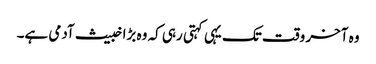
وہ آخر وقت تک یہی کہتی رہی کہ وہ بڑا خبیث آدمی ہے۔